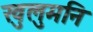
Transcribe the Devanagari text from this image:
खुलुमनि